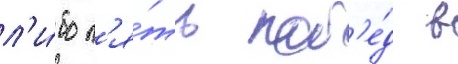
л'и́бо п'я́ть поб'е́д в